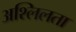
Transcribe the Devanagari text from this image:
अश्लिलता